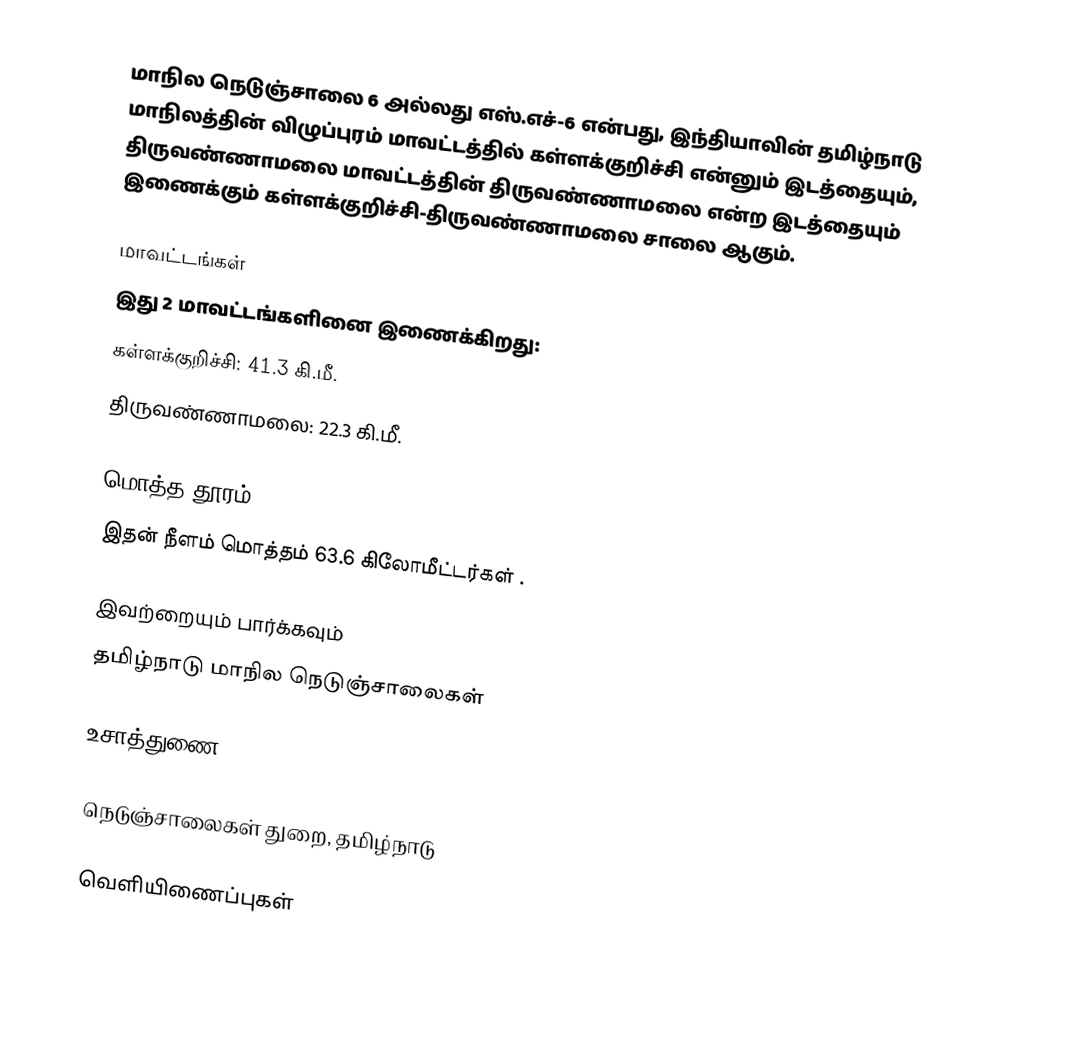
மாநில நெடுஞ்சாலை 6 அல்லது எஸ்.எச்-6 என்பது, இந்தியாவின் தமிழ்நாடு மாநிலத்தின் விழுப்புரம் மாவட்டத்தில் கள்ளக்குறிச்சி என்னும் இடத்தையும், திருவண்ணாமலை மாவட்டத்தின் திருவண்ணாமலை என்ற இடத்தையும் இணைக்கும் கள்ளக்குறிச்சி-திருவண்ணாமலை சாலை ஆகும்.

மாவட்டங்கள்
இது 2 மாவட்டங்களினை இணைக்கிறது:
 கள்ளக்குறிச்சி: 41.3 கி.மீ.
 திருவண்ணாமலை: 22.3 கி.மீ.

மொத்த தூரம்
இதன் நீளம் மொத்தம் 63.6 கிலோமீட்டர்கள் .

இவற்றையும் பார்க்கவும்
 தமிழ்நாடு மாநில நெடுஞ்சாலைகள்

உசாத்துணை

 நெடுஞ்சாலைகள் துறை, தமிழ்நாடு

வெளியிணைப்புகள்